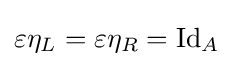
\varepsilon \eta _{L}=\varepsilon \eta _{R}={\text{Id}}_{A}